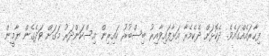
ފިހާރައެއްގައެވެ. ދެކޮޅަށް ދެކެމެރާ އަޅާފައިވާއިރު ބިސްބުރު ކައިރިން އިސްކަންދަރު މަގަށް ވަދެގެން ޔާމީން